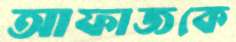
আফাজকে